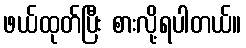
ဖယ်ထုတ်ပြီး စားလို့ရပါတယ်။